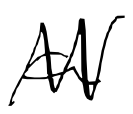
Text: a
Cross-out: zig-zag
Writing tool: digital_black